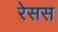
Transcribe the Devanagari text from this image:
रेसस